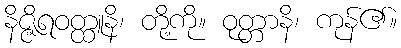
နိဇ္ဇိရဝတ္ထူနိ၊ တို့ကို။ ဝုတ္တာနိ၊ ကုန်၏။